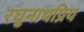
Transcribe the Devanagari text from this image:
रघुनाथप्रिय